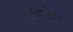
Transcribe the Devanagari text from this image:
आवडेना